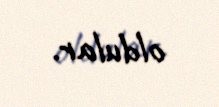
oldular.